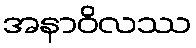
အနာဝိလဿ